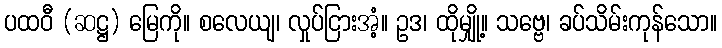
ပထဝီ (ဆဋ္ဌ) မြေကို။ စလေယျ၊ လှုပ်ငြားအံ့။ ဥဒ၊ ထိုမျှို့။ သဗ္ဗေ၊ ခပ်သိမ်းကုန်သော။